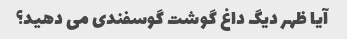
آیا ظهر دیگ داغ گوشت گوسفندی می دهید؟